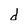
Character: d